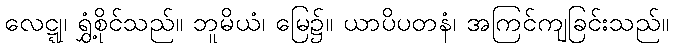
လေဋ္ဋု၊ ရွှံ့စိုင်သည်။ ဘူမိယံ၊ မြေ၌။ ယာပိပတနံ၊ အကြင်ကျခြင်းသည်။